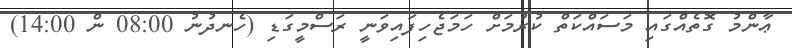
ޢާންމު ގޮތެއްގައި މަސައްކަތް ކުރުމަށް ހަމަޖެހިފައިވަނީ ރަސްމީގަޑި (ހެނދުނު 08:00 ން 14:00)